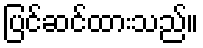
ပြင်ဆင်ထားသည်။